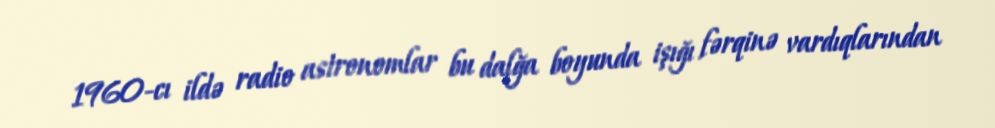
1960-cı ildə radio astronomlar bu dalğa boyunda işığı fərqinə vardıqlarından